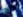
حزنت